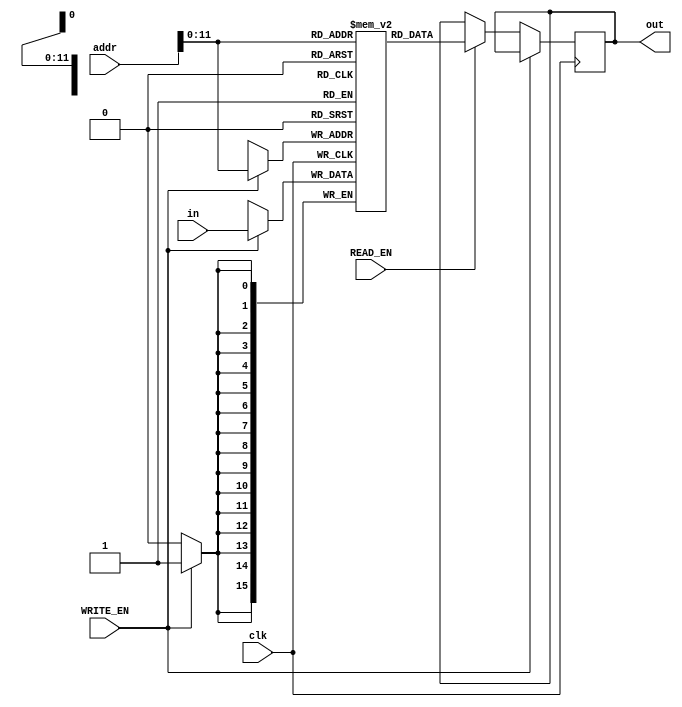
module REG (clk, addr, out, in, READ_EN, WRITE_EN);
    parameter WORD_SIZE = 16;

    input [WORD_SIZE-1:0] addr, in;
    input READ_EN, WRITE_EN, clk;
    output reg [WORD_SIZE-1:0] out;

    reg [WORD_SIZE-1:0] REG_FILE [0:4095];

    always  @(negedge clk) 
    begin
        if (WRITE_EN==1) begin
        REG_FILE[addr] <= in;
        //$display("Write %d at %d", in, addr);
        end
        else if (READ_EN==1) begin
        out <= REG_FILE[addr];
        //$display("Read %d at %d", REG_FILE[addr], addr);
        end
    end

endmodule